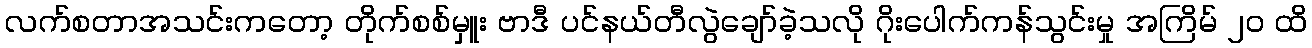
လက်စတာအသင်းကတော့ တိုက်စစ်မှူး ဗာဒီ ပင်နယ်တီလွဲချော်ခဲ့သလို ဂိုးပေါက်ကန်သွင်းမှု အကြိမ် ၂၀ ထိ